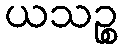
ယသဉ္စ